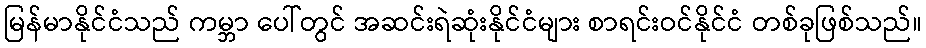
မြန်မာနိုင်ငံသည် ကမ္ဘာ ပေါ်တွင် အဆင်းရဲဆုံးနိုင်ငံများ စာရင်းဝင်နိုင်ငံ တစ်ခုဖြစ်သည်။